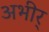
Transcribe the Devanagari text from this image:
अभीर्